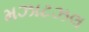
મઝાટઝલ